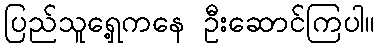
ပြည်သူရှေ့ကနေ ဦးဆောင်ကြပါ။